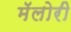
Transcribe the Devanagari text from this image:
मॅलोरी